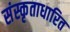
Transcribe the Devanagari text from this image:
संस्कृताधारित